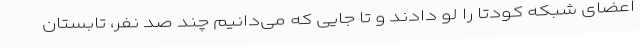
اعضای شبکه کودتا را لو دادند و تا جایی که می‌دانیم چند صد نفر، تابستان